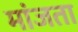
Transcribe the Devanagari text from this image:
मांजता